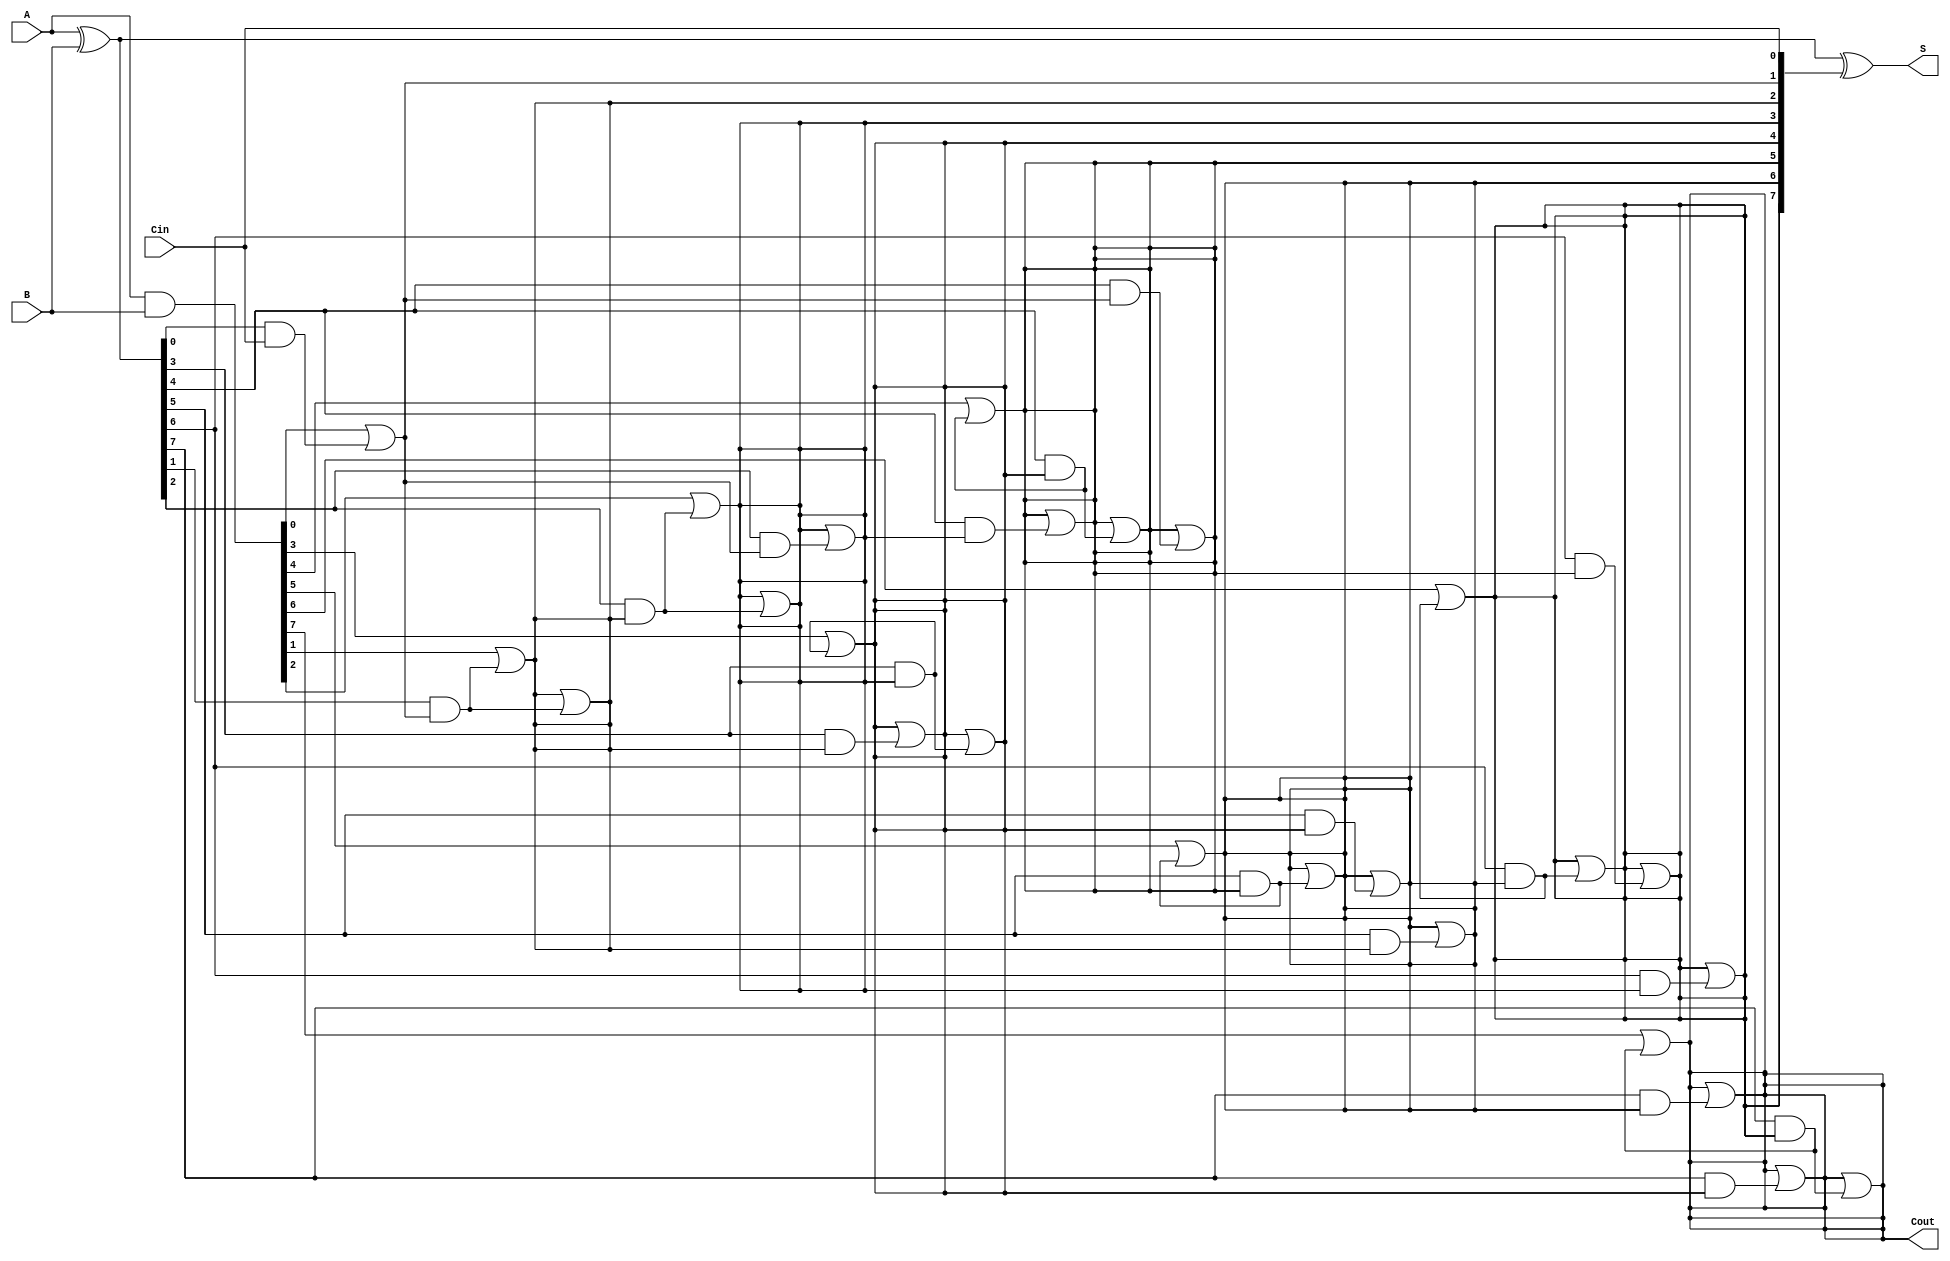
module KoggeStoneAdder #(
    parameter N = 8 // Number of bits
)(
    input  [N-1:0] A,    // First operand
    input  [N-1:0] B,    // Second operand
    input         Cin,    // Carry-in
    output [N-1:0] S,     // Sum output
    output        Cout     // Carry-out
);

    wire [N-1:0] G; // Generate signals
    wire [N-1:0] P; // Propagate signals
    wire [N:0] C;   // Carry signals (C[0] = Cin)

    // Generate and Propagate calculations
    assign G = A & B;          // Generate
    assign P = A ^ B;          // Propagate
    assign C[0] = Cin;         // Initial carry-in

    // Kogge-Stone Carry Generation
    genvar i, j;
    generate
        // Stage 1
        for (i = 0; i < N; i = i + 1) begin
            if (i == 0) begin
                assign C[i + 1] = G[i] | (P[i] & C[0]);
            end else begin
                assign C[i + 1] = G[i] | (P[i] & C[i]);
            end
        end

        // Additional stages
        for (j = 1; j < N; j = j * 2) begin
            for (i = 0; i < N; i = i + 1) begin
                if (i >= j) begin
                    assign C[i + 1] = C[i + 1] | (P[i] & C[i - j + 1]);
                end
            end
        end
    endgenerate

    // Sum calculation
    assign S = P ^ C[N-1:0]; // Sum bits
    assign Cout = C[N];      // Final carry-out

endmodule